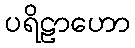
ပရိဠာဟော